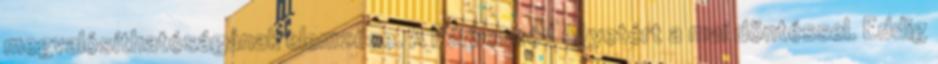
megvalósíthatóságának elemzése. A Párbeszéd egyetért a mai döntéssel. Eddig